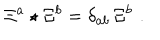
LaTeX: \Xi ^ { a } \star \Xi ^ { b } = \delta _ { a b } \, \Xi ^ { b } \, \, .